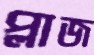
প্লাজ